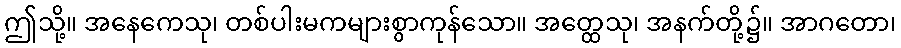
ဤသို့။ အနေကေသု၊ တစ်ပါးမကများစွာကုန်သော။ အတ္ထေသု၊ အနက်တို့၌။ အာဂတော၊